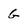
Character: G